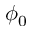
\phi _ { 0 }